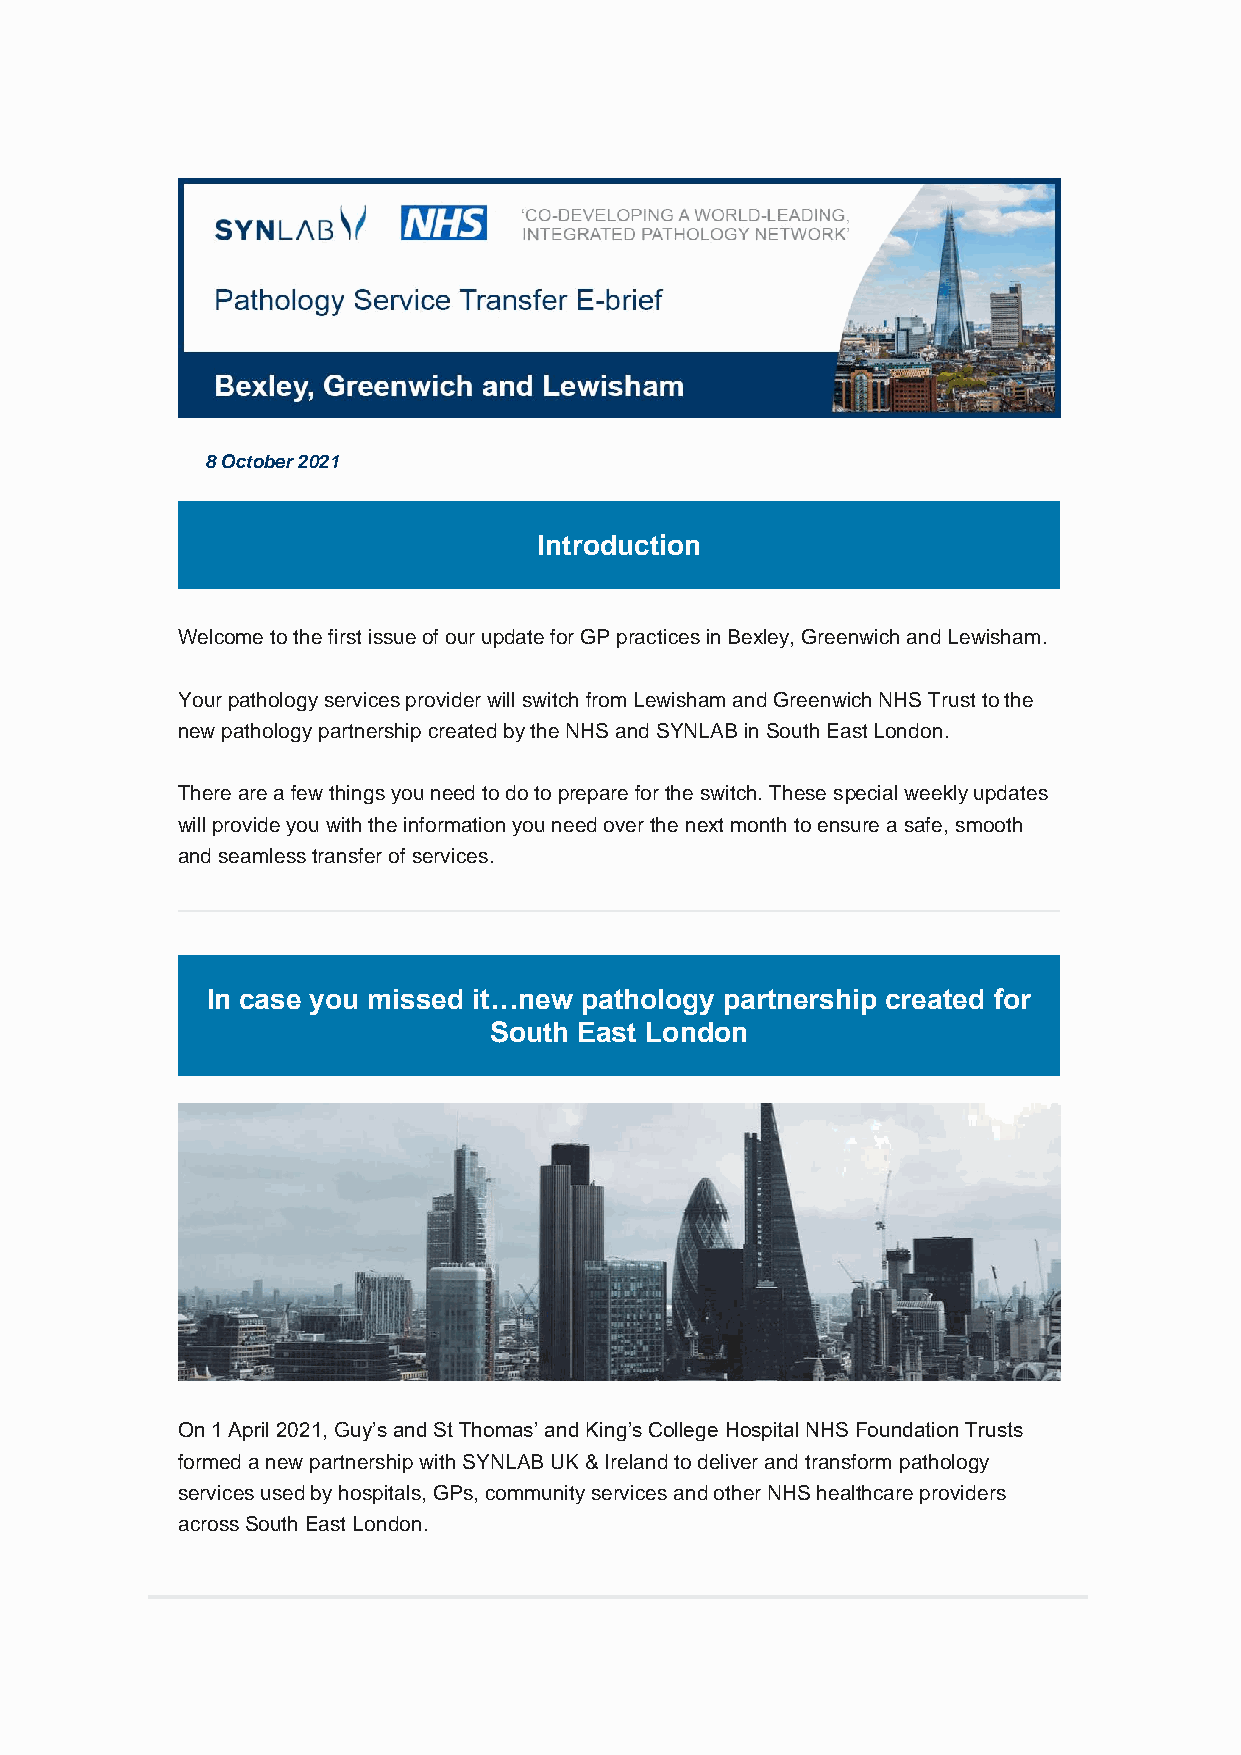
8 October 2021
 Introduction
 Welcome to the first issue of our update for GP practices in Bexley, Greenwich and Lewisham.
 Your pathology services provider will switch from Lewisham and Greenwich NHS Trust to the
 new pathology partnership created by the NHS and SYNLAB in South East London.
 There are a few things you need to do to prepare for the switch. These special weekly updates
 will provide you with the information you need over the next month to ensure a safe, smooth
 and seamless transfer of services.
 In case you missed it…new pathology partnership created for
 South East London
 On 1 April 2021, Guy’s and St Thomas’ and King’s College Hospital NHS Foundation Trusts
 formed a new partnership with SYNLAB UK & Ireland to deliver and transform pathology
 services used by hospitals, GPs, community services and other NHS healthcare providers
 across South East London.